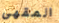
المقهى